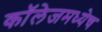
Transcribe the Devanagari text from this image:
कॉलेजमध्येच